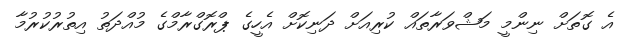
އެ ގޮތަށް ނިންމީ މަޝްވަރާތައް ކުރިއަށް ދަނިކޮށް އެހީގެ ޕްރޮގްރާމްގެ މުއްދަތު އިތުރުކުރުމާ